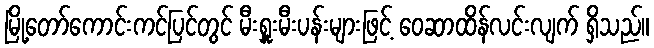
မြို့တော်ကောင်းကင်ပြင်တွင် မီးရှူးမီးပန်းများဖြင့် ဝေဆာထိန်လင်းလျက် ရှိသည်။